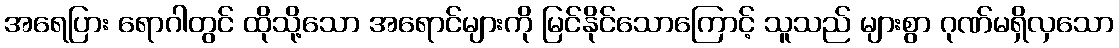
အရေပြား ရောဂါတွင် ထိုသို့သော အရောင်များကို မြင်နိုင်သောကြောင့် သူသည် များစွာ ဂုဏ်မရှိလှသော